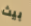
بيث